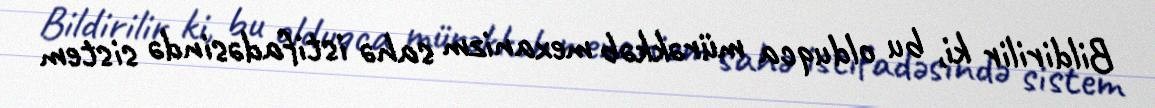
Bildirilir ki, bu olduqca mürəkkəb mexanizm sahə istifadəsində sistem